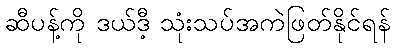
ဆီပန့်ကို ဒယ်ဒီ့ သုံးသပ်အကဲဖြတ်နိုင်ရန်